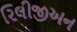
રિલીજીઅન